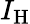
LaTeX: I_{\mathrm{H}}